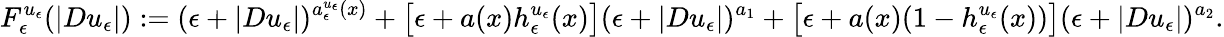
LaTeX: F_{\epsilon}^{u_{\epsilon}}(|Du_{\epsilon}|):=(\epsilon+|Du_{\epsilon}|)^{a_{\epsilon}^{u_{\epsilon}}(x)}+\big[\epsilon+a(x)h_{\epsilon}^{u_{\epsilon}}(x)\big](\epsilon+|Du_{\epsilon}|)^{a_{1}}+\big[\epsilon+a(x)(1-h_{\epsilon}^{u_{\epsilon}}(x))\big](\epsilon+|Du_{\epsilon}|)^{a_{2}}.